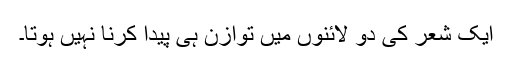
ایک شعر کی دو لائنوں میں توازن ہی پیدا کرنا نہیں ہوتا۔